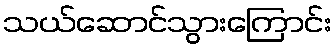
သယ်ဆောင်သွားကြောင်း